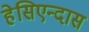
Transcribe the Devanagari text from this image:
हेसिएन्दास